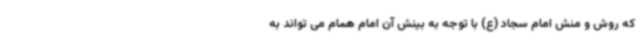
که روش و منش امام سجاد (ع) با توجه به بینش آن امام همام می تواند به